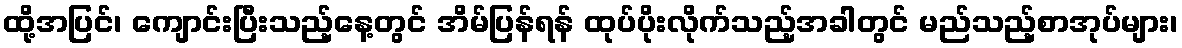
ထို့အပြင်၊ ကျောင်းပြီးသည့်နေ့တွင် အိမ်ပြန်ရန် ထုပ်ပိုးလိုက်သည့်အခါတွင် မည်သည့်စာအုပ်များ၊